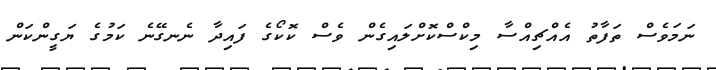
ނަމަވެސް ތަފާތު އެއްޗިއްސާ މިކްސްކޮށްލައިގެން ވެސް ކޮކޯގެ ފައިދާ ނެނގޭނެ ކަމުގެ ޔަގީންކަން